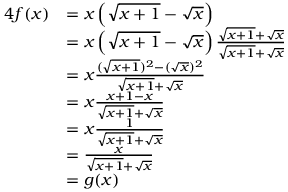
{ \begin{array} { r l } { { 4 } f ( x ) } & { = x \left( { \sqrt { x + 1 } } - { \sqrt { x } } \right) } \\ & { = x \left( { \sqrt { x + 1 } } - { \sqrt { x } } \right) { \frac { { \sqrt { x + 1 } } + { \sqrt { x } } } { { \sqrt { x + 1 } } + { \sqrt { x } } } } } \\ & { = x { \frac { ( { \sqrt { x + 1 } } ) ^ { 2 } - ( { \sqrt { x } } ) ^ { 2 } } { { \sqrt { x + 1 } } + { \sqrt { x } } } } } \\ & { = x { \frac { x + 1 - x } { { \sqrt { x + 1 } } + { \sqrt { x } } } } } \\ & { = x { \frac { 1 } { { \sqrt { x + 1 } } + { \sqrt { x } } } } } \\ & { = { \frac { x } { { \sqrt { x + 1 } } + { \sqrt { x } } } } } \\ & { = g ( x ) } \end{array} }